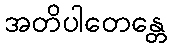
အတိပါတေန္တေ